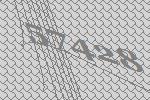
57428